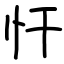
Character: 忓